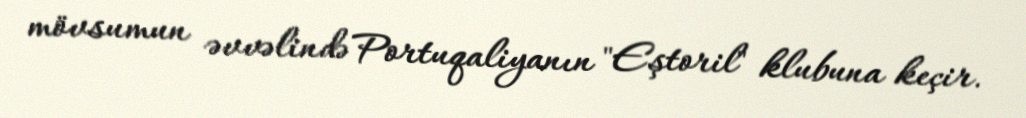
mövsumun əvvəlində Portuqaliyanın "Eştoril" klubuna keçir.